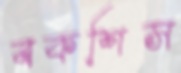
বকশিস